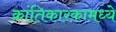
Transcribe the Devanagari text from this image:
क्रांतिकारकांमध्ये